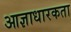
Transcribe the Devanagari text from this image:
आज्ञाधारकता